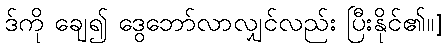
ဒ်ကို ချေ၍ ဒွေဘော်လာလျှင်လည်း ပြီးနိုင်၏။]